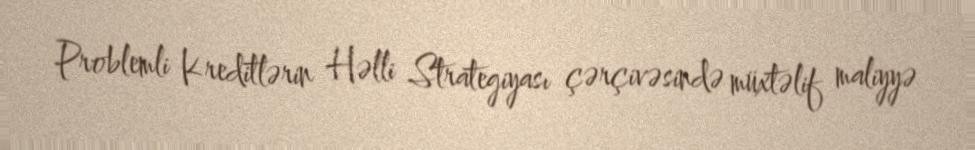
Problemli Kreditlərin Həlli Strategiyası çərçivəsində müxtəlif maliyyə